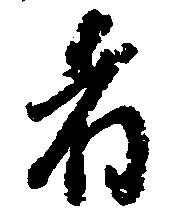
者